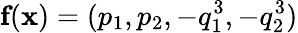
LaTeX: \textbf{f}(\textbf{x})=(p_{1},p_{2},-q_{1}^{3},-q_{2}^{3})